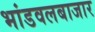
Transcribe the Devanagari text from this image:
भांडवलबाजार